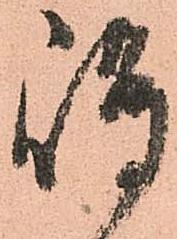
嶋